Insane asylums in Bengal annual reports 1876-1887 - 1876-1887
Year: 1876
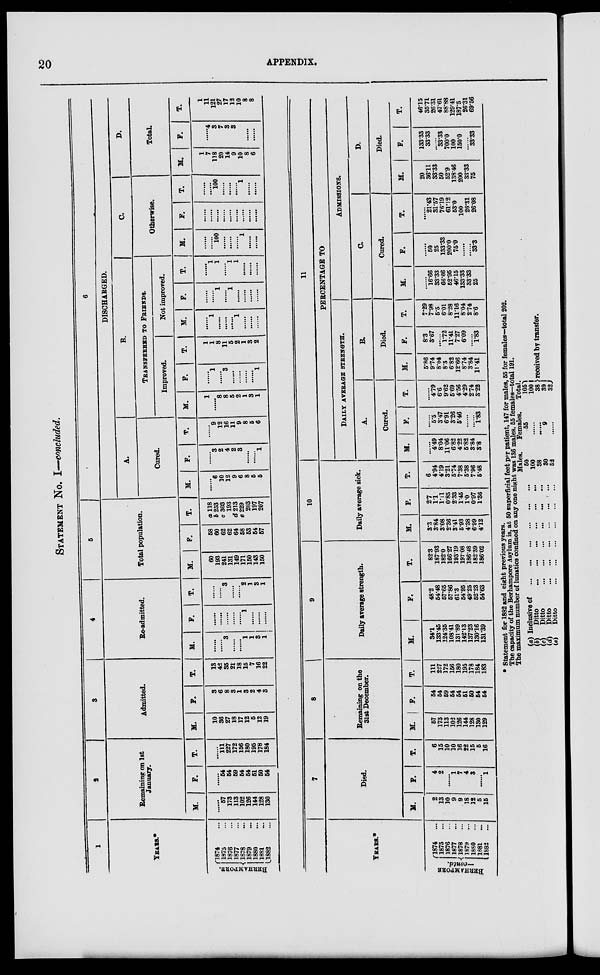
20
APPENDIX.
STATEMENT No. I—concluded.
1
YEARS.*
BERHAMPORE.
1874 ...
1875 ...
1876 ...
1877 ...
1878 ...
1879 ...
1880 ...
1881 ...
1882 ...
2
Remaining on 1st
January.
M.
......
57
173
113
102
126
144
128
130
F.
......
54
54
59
54
54
51
50
54
T.
......
111
227
172
156
180
195
178
184
3
Admitted.
M.
10
36
27
18
17
12
5
12
19
F.
3
6
8
3
1
3
2
4
3
T.
13
42
35
21
18
15
7
16
22
4
Re-admitted.
M.
......
......
3
......
......
1
1
3
1
F.
......
......
......
......
......
1
......
......
......
T.
......
......
3
......
......
2
1
3
1
5
Total population.
M.
60
193
241
131
149
171
150
143
150
F.
58
60
62
62
64
58
53
54
57
T.
a 118
b 253
c 303
193
d 213
e 229
203
197
207
6
DISCHARGED.
A.
Cured.
M.
......
6
10
12
9
6
8
5
5
F.
......
3
2
4
2
3
......
......
1
T.
......
9
12
16
11
9
8
5
6
B.
TRANSFERRED TO FRIENDS.
Improved.
M.
1
......
8
8
5
2
1
3
1
F.
......
1
......
3
......
......
......
......
1
T.
1
1
8
11
5
2
1
3
2
Not improved.
M.
......
1
......
......
......
1
......
......
......
F.
......
......
1
......
1
......
......
......
......
T.
......
1
1
1
1
......
......
......
C.
Otherwise.
M.
......
......
100
......
......
......
1
......
......
F.
......
......
......
......
......
......
......
......
......
T.
......
......
100
......
......
......
1
......
D.
Total.
M.
1
7
118
20
14
9
10
8
6
F.
......
4
3
7
3
3
......
......
......
T.
1
11
121
27
17
12
10
8
8
YEARS.*
B ERHAMPORE
—contd.
1874
...
1875 ...
1876 ...
1877 ...
1878 ...
1879 ...
1880 ...
1881 ...
1882
...
7
Died.
M.
2
13
10
9
9
18
12
5
15
F.
4
2
......
1
7
4
3
......
1
T.
6
15
10
10
16
22
15
5
16
8
Remaining on the
31st December.
M.
57
173
113
102
126
144
128
130
129
F.
54
54
59
54
54
51
50
54
54
T.
111
227
172
156
180
195
178
184
183
9
Daily average strength.
M.
34.1
133.45
124.35
108.41
131.89
142.13
137.23
130.16
131.39
F.
48.2
54.48
57.65
57.86
61.3
54.95
49.25
52.23
54.63
T.
82.3
187.93
182.0
166.27
193.19
197.08
186.48
182.39
186.02
10
Daily average sick.
M.
3.3
3.84
3.08
2.36
3.41
5.93
4.38
6.99
4.12
F.
2.7
1.1
1.11
0.85
2.33
1.45
1.0
0.97
1.36
T.
6
4.94
4.19
3.21
5.74
7.38
5.38
7.96
5.48
11
PERCENTAGE TO
DAILY AVERAGE STRENGTH.
A.
Cured.
M.
......
4.49
8.04
11.06
6.82
4.22
5.82
3.84
3.8
F.
......
5.5
3.47
6.91
3.26
5.46
......
......
1.83
T.
......
4.79
6.6
9.62
5.69
4.56
4.29
2.74
3.22
B.
Died.
M.
5.86
9.74
8.04
8.3
6.82
12.66
8.74
3.84
11.41
F.
8.3
3.67
......
1.72
11.41
7.27
6.09
......
1.83
T.
7.29
7.98
5.5
6.01
8.28
11.16
8.04
2.74
8.6
ADMISSIONS.
C.
Cured.
M.
......
16.66
33.33
66.66
52.95
46.15
133.33
33.33
25
F.
......
50
25
133.33
200.0
75.0
......
......
33.3
T.
......
21.43
31.57
76.19
61.12
53.0
100
26.31
26.08
D.
Died.
M.
20
36.11
33.33
50
52.9
138.46
200
33.33
75
F.
133.33
33.33
......
33.33
700.0
100
150.0
......
33.33
T.
46.15
35.71
26.31
47.61
88.88
129.41
187.5
26.31
69.56
* Statement for 1882 and eight previous years.
The capacity of the Berhampore Asylum is, at 50 superficial feet per patient, 147 for males, 55 for females—total 202.
The maximum number of lunatics confined on any one night was 136 males, 55 females—total 191.
(a)
(b)
(c)
(d)
(e)
Inclusive of
...
...
...
...
...
...
Ditto
...
...
...
...
...
...
Ditto
...
...
...
...
...
...
Ditto
...
...
...
...
...
...
Ditto
...
...
...
...
...
...
Males.
50
100
38
30
32
Females.
55
......
......
9
......
Total.
105
100
38
39
32
received by transfer.